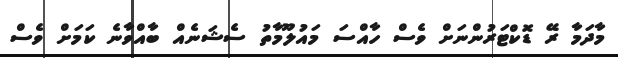
މާދަމާ ރޭ ޑޮކްޓަރުންނަށް ވެސް ހާއްސަ މައުލޫމާތު ސެޝަނެއް ބާއްވާނެ ކަމަށް ވެސް